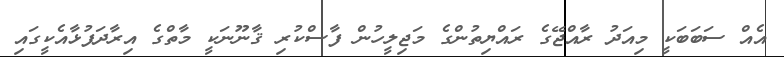
އެއް ސަބަބަކީ މިއަދު ރާއްޖޭގެ ރައްޔިތުންގެ މަޖިލީހުން ފާސްކުރި ޤާނޫނަކީ މާތްގެ އިރާދަފުޅާއެކީގައި